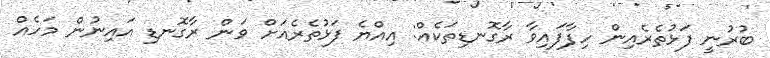
ބުރުނީ ފަޅުތެރެއިން ހިފާފައިވާ ރާގޮނޑިތަކެއް: އިއްޔެ ފަޅުތެރެއަށް ވަން ރާގޮނޑި އައިނުން މަހެއް